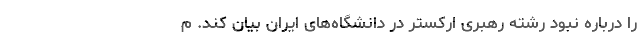
را درباره نبود رشته رهبری ارکستر در دانشگاه‌های ایران بیان کند. م